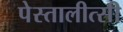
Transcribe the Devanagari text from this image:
पेस्तालीत्सी